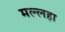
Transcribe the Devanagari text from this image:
मल्लहा